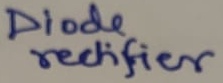
Text: Diode rectifier